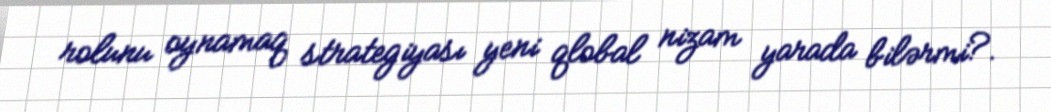
rolunu oynamaq strategiyası yeni qlobal nizam yarada bilərmi?.